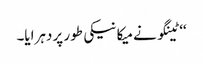
‘‘ ٹینگو نے میکانیکی طور پر دہرایا۔